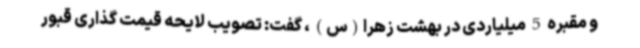
و مقبره 5 میلیاردی در بهشت زهرا(س) ، گفت: تصویب لایحه قیمت گذاری قبور